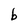
Character: b